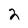
Character: 2